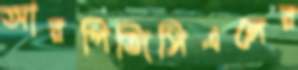
আরপিজিসিএলের